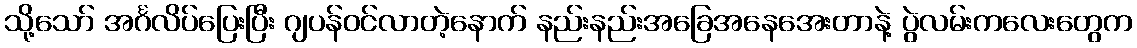
သို့သော် အင်္ဂလိပ်ပြေးပြီး ဂျပန်ဝင်လာတဲ့နောက် နည်းနည်းအခြေအနေအေးတာနဲ့ ပွဲလမ်းကလေးတွေက